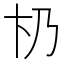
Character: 𠂫